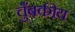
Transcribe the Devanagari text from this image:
चुँबकीय